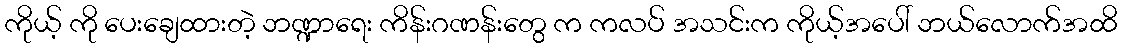
ကိုယ့် ကို ပေးချေထားတဲ့ ဘဏ္ဍာရေး ကိန်းဂဏန်းတွေ က ကလပ် အသင်းက ကိုယ့်အပေါ် ဘယ်လောက်အထိ